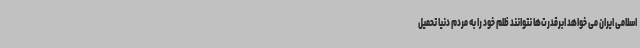
اسلامی ایران می خواهد ابرقدرت‌ها نتوانند ظلم خود را به مردم دنیا تحمیل